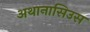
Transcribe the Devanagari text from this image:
अथानासिउस